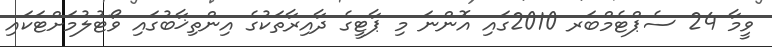
ވީމާ 24 ސެޕްޓެމްބަރ 2010ގައި އޮންނަ މި ޕާޓީގެ ދާއިރާތަކުގެ އިންތިޚާބުގައި ވޯޓުލުމަށްޓަކައި